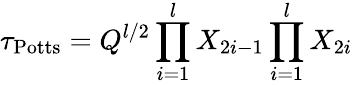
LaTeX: \tau_{\mathrm{Potts}}=Q^{l/2}\prod_{i=1}^{l}X_{2i-1}\prod_{i=1}^{l}X_{2i}